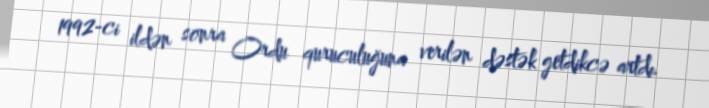
1992-ci ildən sonra Ordu quruculuğuna verilən dəstək getdikcə artdı.